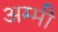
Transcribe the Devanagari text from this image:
अम्मी